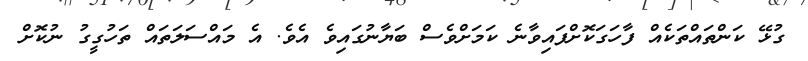
ގުޅޭ ކަންތައްތަކެއް ފާހަގަކޮށްފައިވާނެ ކަމަށްވެސް ބަޔާނުގައިވެ އެވެ. އެ މައްސަލަތައް ތަހުގީގު ނުކޮށް